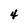
Character: 4